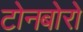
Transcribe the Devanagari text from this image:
टोनबोरो